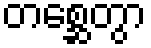
တစ္ဆေတွာ